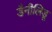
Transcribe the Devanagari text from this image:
डैनीलिडू